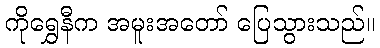
ကိုရွှေနီက အမူးအတော် ပြေသွားသည်။